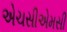
એચસીએમસી